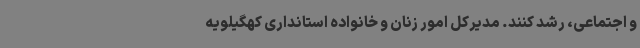
و اجتماعی، رشد کنند. مدیرکل امور زنان و خانواده استانداری کهگیلویه